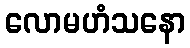
လောမဟံသနော